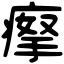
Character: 𤸻